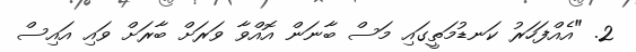
2. "އެއްފަހަރު ކަނޑުމަތީގައި މަސް ބާނަން އޮއްވާ ވަރަށް ބާރަށް ވައި އައިސް